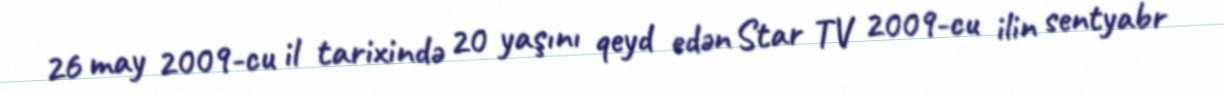
26 may 2009-cu il tarixində 20 yaşını qeyd edən Star TV 2009-cu ilin sentyabr